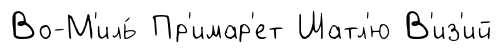
Во-М'иль́ Пр'имар'ет Шатл'ю В'из'ий